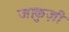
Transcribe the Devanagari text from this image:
जाकुज़ी